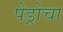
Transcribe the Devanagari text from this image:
पेड्रोचा